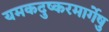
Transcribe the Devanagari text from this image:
यमकदुष्करमार्गेषु